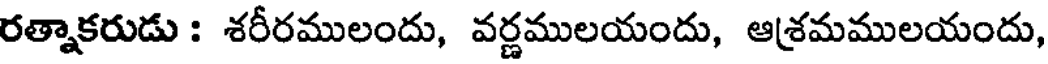
రత్నాకరుడు : శరీరములందు, వర్ణములయందు, ఆశ్రమములయందు,